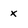
Character: x